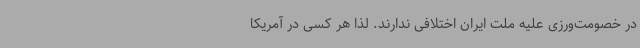
در خصومت‌ورزی علیه ملت ایران اختلافی ندارند. لذا هر کسی در آمریکا